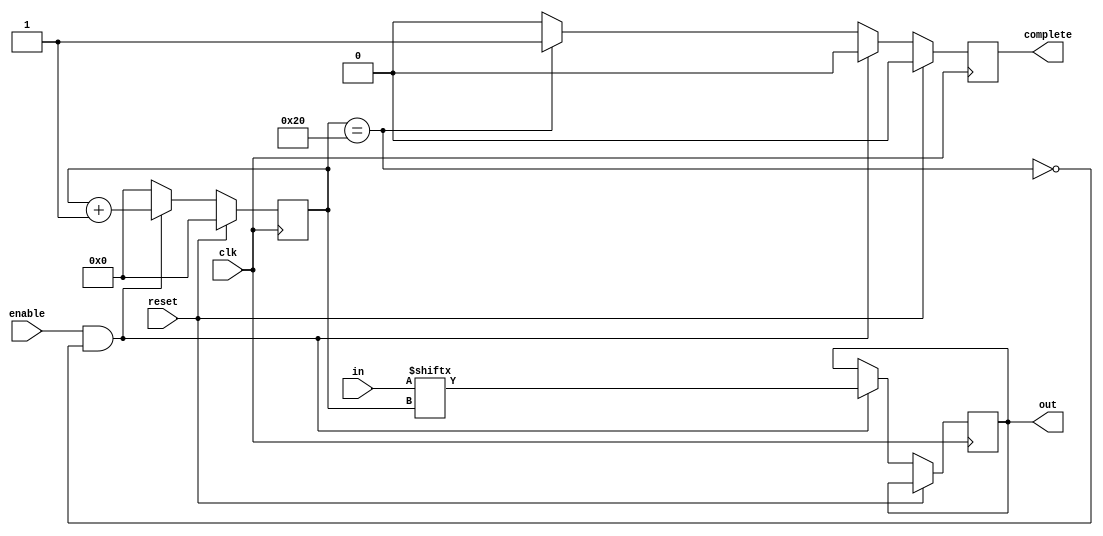
module serializer_3(
  clk, 		
  reset, 		
  enable, 	
  in,
  complete,		
  out 		
);
  parameter BITS = 32;		
  parameter BITS_COUNTER = 6;	
  input clk, reset, enable;
  input [BITS-1:0] in;
  output reg complete;
  output reg out;
  reg [5:0] counter;	
  always@(posedge clk) begin
    if (reset==1) begin
      counter <= 6'b000000;
			complete <=0;
    end
    else  begin
      if(enable && ~(counter==BITS)) begin	
        out <= in[counter];
          counter  <= counter + 6'b000001;
          complete <=0;	
			end
      else if (counter==BITS)begin
        complete <=1;
				counter  <=6'b000000;
      end
			else  begin
			counter <= 6'b000000;
			complete <=0;
			end
  end
end
endmodule